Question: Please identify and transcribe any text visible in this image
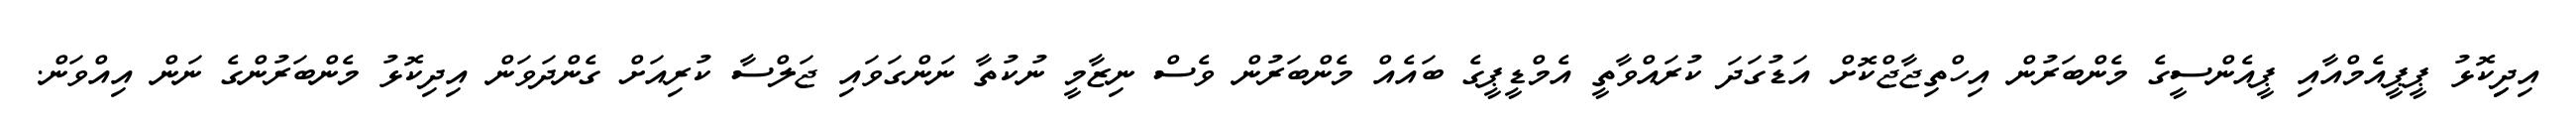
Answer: އިދިިކޮޅު ޕީޕީއެމްއާއި ޕީއެންސީގެ މެންބަރުން އިހްތިޖާޖްކޮށް އަޑުގަދަ ކުރައްވާތީ އެމްޑީޕީގެ ބައެއް މެންބަރުން ވެސް ނިޒާމީ ނުކުތާ ނަންގަވައި ޖަލްސާ ކުރިއަށް ގެންދަވަން އިދިކޮޅު މެންބަރުންގެ ނަން އިއްވަން.